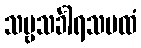
သဗ္ဗသင်္ခါရသမထံ